King Institute of Preventive Medicine Micro-Biological Section reports 1909-11
Year: 1909
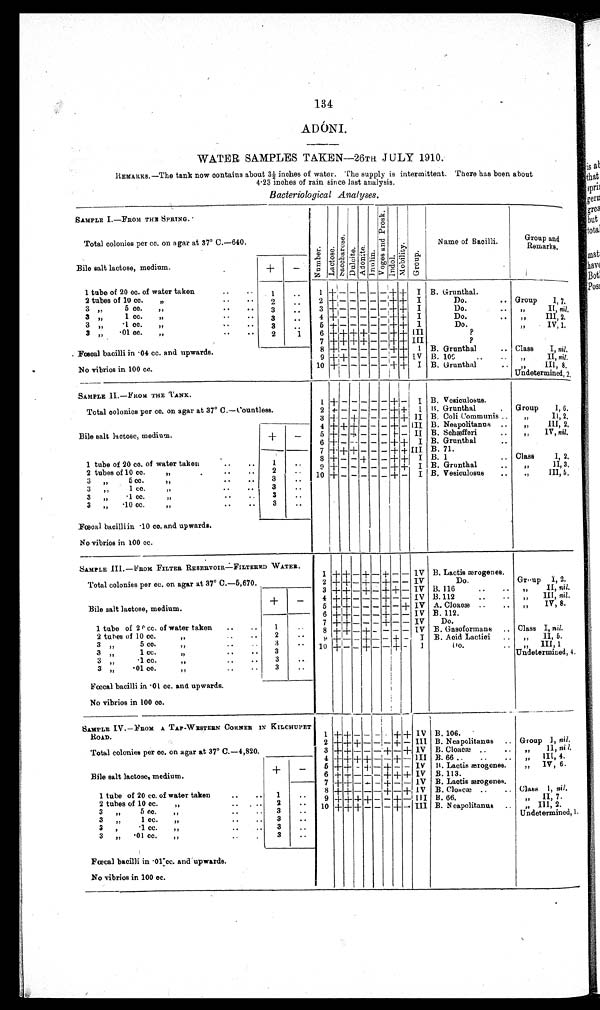
134
ADÓNI.
WATER SAMPLES TAKEN—26TH JULY 1910.
Remarks—The tank now contains about 3½ inches of water. The supply is intermittent. There has been about
4·23 inches of rain since last analysis.
Bacteriological Analyses.
SAMPLE I.—From THE SPRING.
NumberLactoseSacchar oseDul ci t eAdoniteInulinV o g e s a n d p r o s k IndolMobi l i t yGroup
Name of Bacilli.
Group and
Remarks
.
Total colonies per cc. on agar at 37° C.—640.
Bile salt lactose, medium.
+ −
1 tube of 20 cc. of water taken
1
1
+ − − − − − + +
I B. Grunthal.
2 tubes of 10 cc.
2
2 + − − − − − + +
I
Do.
Group I, 7.
3 „ 5 cc.
3
3 + − − − − − + +
I
Do.
,, II, nil,
3 „ 1 cc.
3
4 + − − − − − + + I
Do.
„ III, 2.
3 „ ·1 cc.
3
5 + − − − − − + +
I
Do.
„ IV, 1.
3 „ ·01 cc.
2
1
6 + + + + − − + +
I I I
?
Fœcal bacilli in ·04 cc. and upwards.
7 + + + + − − + + III
?
8 + − − − − − + +
I B. Grunthal
Class I, nil.
9 + + − − − − − +
I V B.109.
„ II, nil.
No vibrios in 100 cc.
10 + − − − − − + + II B. Grunthal
„ III, 8.
Undetermined, 2
SAMPLE II.—FROM THE TANK.
1 + − − − − − + −
I B. Vesiculosus.
Total colonies per cc. on agar at 37° C.—Countless.
2 + − − − − − + +
I B. Grunthal
Group I, 6.
3
+ − + − − − + + II B. Coli Communis
II, 2.
Bile salt lactose, medium.
+
−
4 + + + − − − + −
I I I B. Neapolitanus
„III, 2,
5 + − + − − − + −
I I B. Schæfferi
IV, nil.
6 + − − − − − + +
I B. Grunthal
1 tube of 20 cc. of water taken
1
7
+ + + − − − + + III B. 71.
2 tubes of 10 cc. „
2
8 + − − + − − + +
I B. 1
Class I, 2.
3 „ 5 cc. „
3
9 + − − − − − + +
I B. Grunthal
„ II, 3.
3 „ 1 c c . „
3
10 + − − − − − + −
I B. Vesiculosus
,, III, 5.
3 „ ·1 cc. „
3
3 „ ·01cc. „
3
Fœcal bacilli in ·10 cc. and upwards.
No vibrios in 100 cc.
SAMPLE III.—FROM FILTER RESERVOIR—FILTERED WATER.
1 + + − + − + − − IV B. Lactis ærogenes.
Total colonies per cc. on agar at 37° C.—5,670.
2 + + − + − + − − IV
Do.
Group 1, 2.
3 + + − + − + + − IV B. 116
„ II, nil.
Bile salt lactose, medium.
+
−
4 + + − − − + − − IV B. 112
„ III, nil.
5 + + − − − + − + IV A. Clouoæ
„ IV, 8.
6 + + − − − + − −
IV B. 112.
1 tube of 20 cc, of water taken
1
7 + + − − − + − − IV
Do.
2 tubes of 10 cc. „
2
8 + + − + − − − − IV B. Gasoformans
Class I, nil.
3 „ 5 cc. „
3
9 + − − + − − + −
I B. Acid Lactici
„ II, 5.
3 „ 1 cc. „
3
10 + − − + − − + −
I
Do.
„ III, 1
3 „ ·1 cc. „
3
Undetermined, 4.
3 „ ·01 cc. „
3
Fœcal bacilli in ·01 cc. and upwards.
No vibrios in 100
cc.
SAMPLE IV.—FROM A TAP—WESTERN CORNER IN KILCHUPET
ROAD.
1 + + − − − + + + IV B. 106.
Total colonies per cc. on agar at 37° C.—4,820.
2 + + + − − − + − III B. Neapolitanus
Group I, nil.
3 + + − − − + − + IV B. Cloacæ
„ II, nil,
4 + + + + − − + − III B. 66
„ III, 4.
Bile salt lactose, medium.
+ −
5 + + − + − + − − IV B. Lactis ærogenes.
„ IV, 6.
6 + + − − − + + + IV B. 113.
7 + + − − − + − − IV B. Lactis ærogenes.
1 tube of 20 cc. of water taken
1
8 + + − − − + − + IV B. Cloacæ
Class I, nil.
2 tubes of 10 cc. „
2
9 + + + + − − + −
III B. 66.
,, II, 7.
3 „ 5 cc.
3
10 + + + − − − + − III B. Neapolitanus
„ III, 2.
3 „ 1 cc.
3
Undetermined, I.
3 „ ·1 cc.
3
3 „ ·01 cc.
3
Fœcal bacilli in ·01 cc. and upwards.
No vibrios in 100 cc.